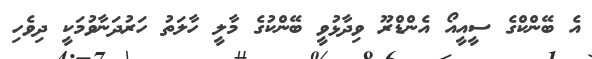
އެ ބޭންކްގެ ސީއީއޯ އެންޑްރޫ ވިދާޅުވީ ބޭންކުގެ މާލީ ހާލަތު ހަރުދަނާވުމަކީ ދިވެހި